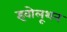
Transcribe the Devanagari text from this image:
इवोलूशन